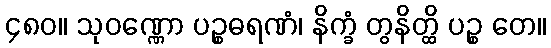
၄၈၀။ သုဝဏ္ဏော ပဉ္စဓရဏံ၊ နိက္ခံ တွနိတ္ထိ ပဉ္စ တေ။